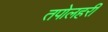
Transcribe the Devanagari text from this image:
तपोलहरी